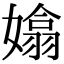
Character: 嬆